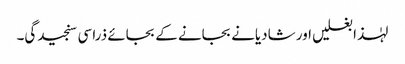
لہٰذا بغلیں اور شادیانے بجانے کے بجائے ذرا سی سنجیدگی۔